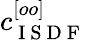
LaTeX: c_{\mathrm{~I~S~D~F~}}^{[oo]}